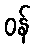
ဝန်